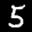
Label: 5